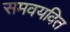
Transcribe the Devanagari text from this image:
समवयवित